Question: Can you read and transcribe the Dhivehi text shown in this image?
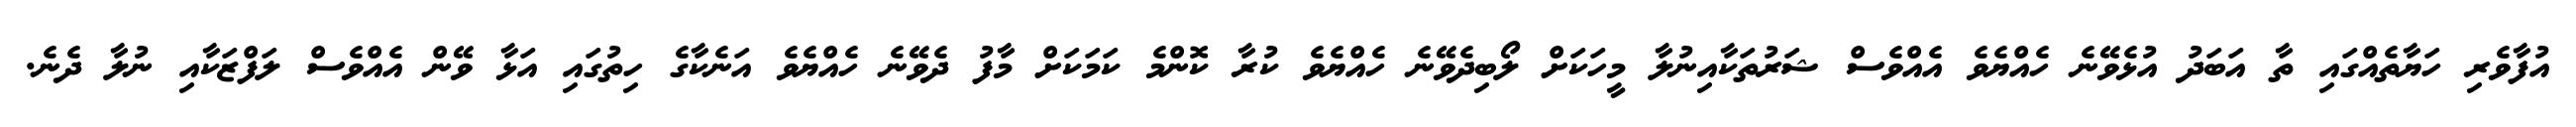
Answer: އުފާވެރި ހަޔާތެއްގައި ތާ އަބަދު އުޅެވޭނެ ހެއްޔެވެ އެއްވެސް ޝަރުތަކާއިނުލާ މީހަކަށް ލޯބިދެވޭނެ ހެއްޔެވެ ކުރާ ކޮންމެ ކަމަކަށް މާފު ދެވޭނެ ހެއްޔެވެ އަނެކާގެ ހިތުގައި އަޅާ ވޭން އެއްވެސް ލަފްޒަކާއި ނުލާ ދެނެ.